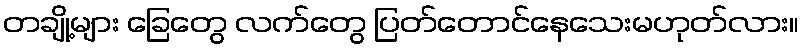
တချို့များ ခြေတွေ လက်တွေ ပြတ်တောင်နေသေးမဟုတ်လား။